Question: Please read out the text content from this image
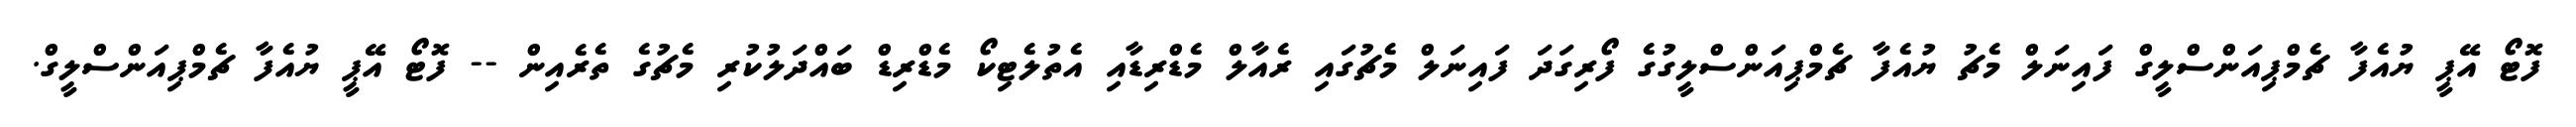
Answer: ފޮޓޯ އޭޕީ ޔުއެފާ ޗެމްޕިއަންސްލީގް ފައިނަލް މެޗު ޔުއެފާ ޗެމްޕިއަންސްލީގުގެ ފޯރިގަދަ ފައިނަލް މެޗުގައި ރެއާލް މެޑްރިޑާއި އެތުލެޓިކޯ މެޑްރިޑް ބައްދަލުކުރި މެޗުގެ ތެރެއިން -- ފޮޓޯ އޭޕީ ޔުއެފާ ޗެމްޕިއަންސްލީގް.